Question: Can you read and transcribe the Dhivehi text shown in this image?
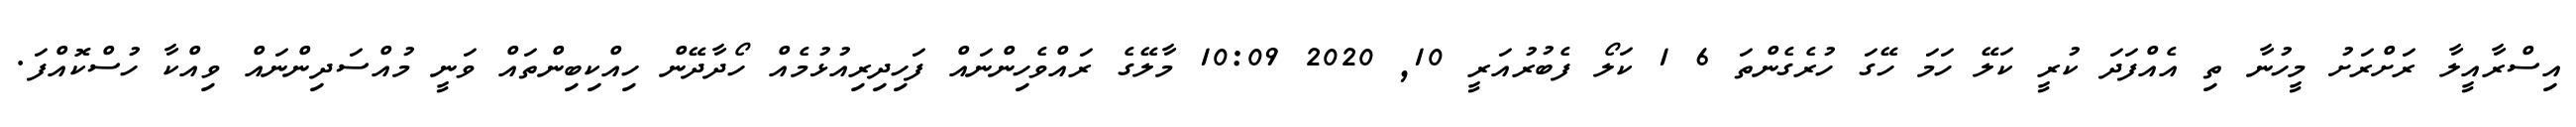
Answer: އިސްރާއީލާ ރަށްރަށު މީހުނާ ތި އެއްފަދަ ކުރީ ކަލޭ ހަމަ ހޭގަ ހުރެގެންތަ 6 1 ކަލޯ ފެބުރުއަރީ 10, 2020 10:09 މާލޭގެ ރައްވެހިންނައް ފަހިދިރިއުޅުމެއް ހޯދާދޭން ހިއްކިބިންތައް ވަނީ މުއްސަދިންނައް ވިއްކާ ހުސްކޮއްފަ.